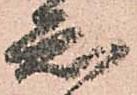
知